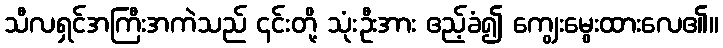
သီလရှင်အကြီးအကဲသည် ၎င်းတို့ သုံးဦးအား ဧည့်ခံ၍ ကျွေးမွေးထားလေ၏။